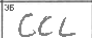
Transcription: CCL